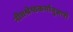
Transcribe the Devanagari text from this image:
नीचश्रेष्ठकर्मानुसारी